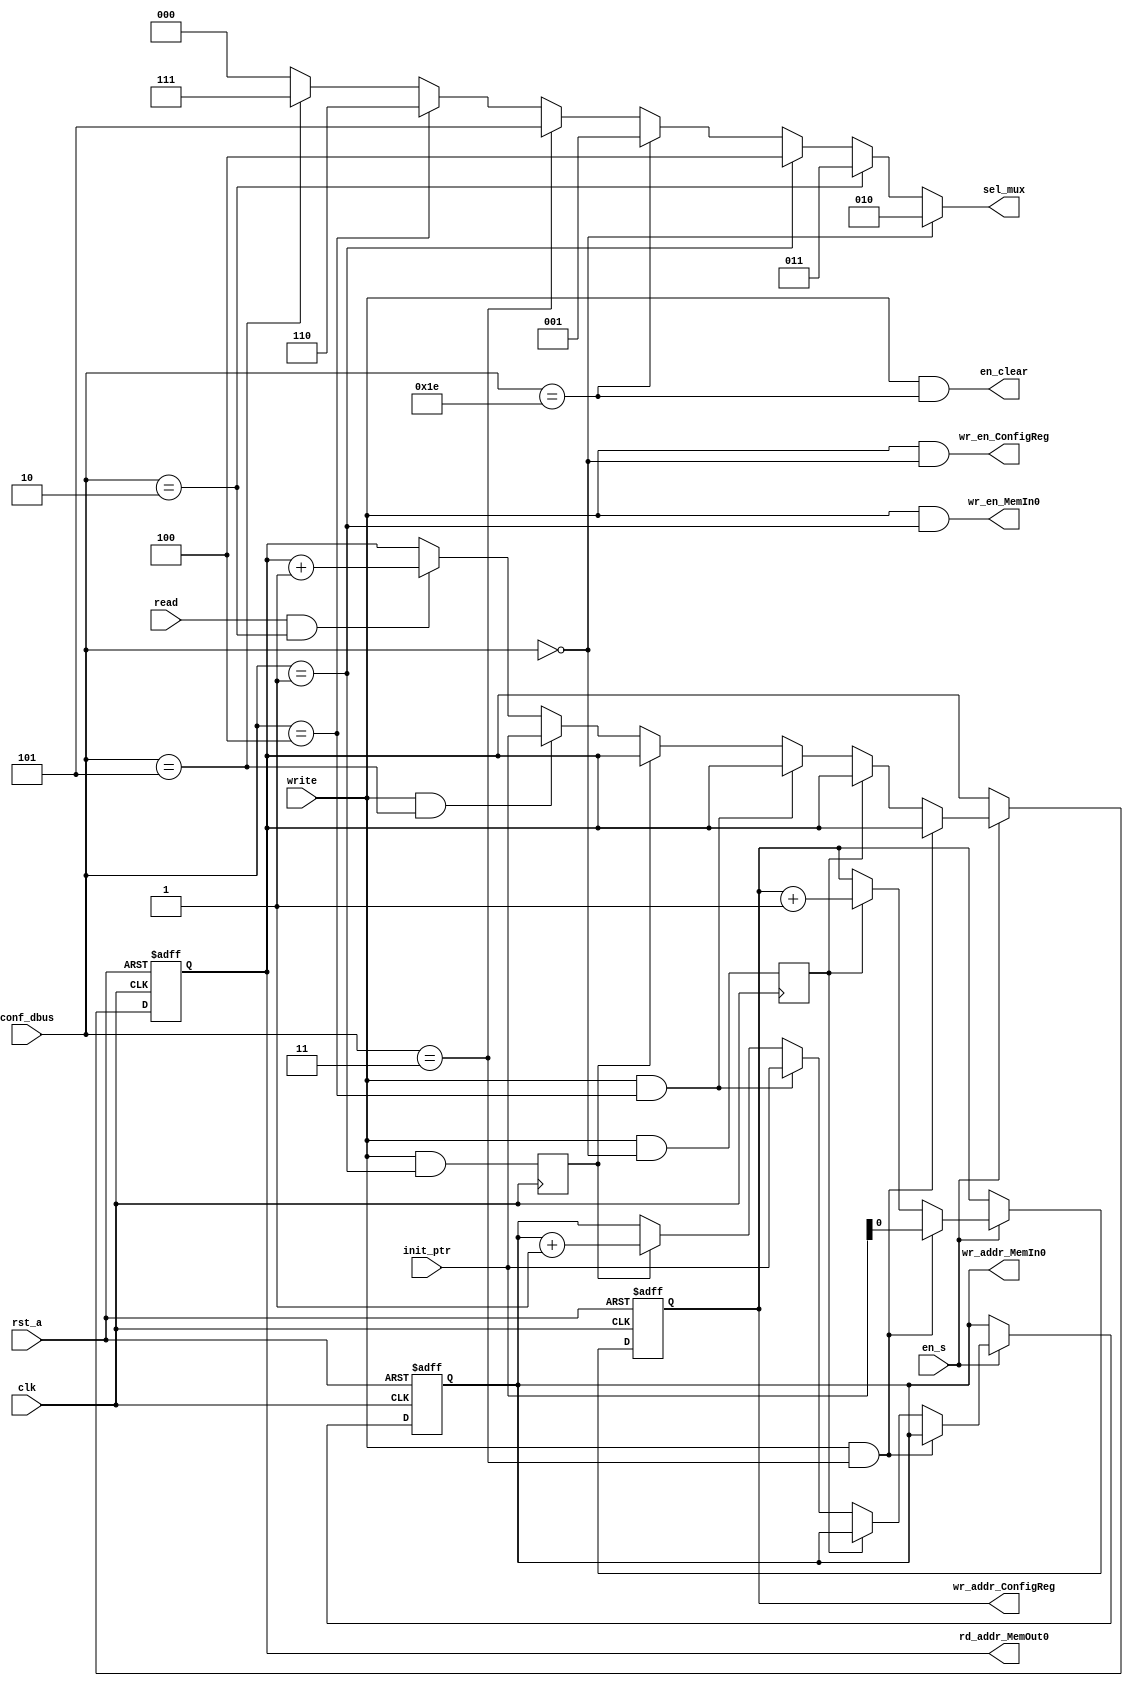
/*
 * Module Name:    ctrl_interface 
 * Description:    Interface Control for protocol
 * - If you're an IP-core designer, to change the number of memories check the pdf file.
 * Revision: 
 * Revision 0.1 - File Created
 * Additional Comments:
 *
 */

module ctrl_interface
#(
    parameter ADDR_WIDTH_PTR  = 'd6,    //This value must be the bigest value of ADDR_WIDTH_MEMI or ADDR_WIDTH_MEMO
	parameter ADDR_WIDTH_MEMI = 'd6,
	parameter ADDR_WIDTH_MEMO = 'd6,
	parameter ADDR_WIDTH_CR   = 'd1,
    parameter SIZE_MUX        = 'd3
)
(   
    input   wire                            clk,
    input   wire                            rst_a,
    input   wire                            en_s,
    input   wire                            read,               //Used for protocol to read different information types
    input   wire                            write,              //Used for protocol to write different information types
    input   wire    [4:0]                   conf_dbus,          //Used for protocol to determine different actions types
    input   wire    [ADDR_WIDTH_PTR-1:0]    init_ptr,           //Set the new pointer value for memories or configuration register
    output  wire    [SIZE_MUX-1:0]          sel_mux,            //Data out selecter
    output  reg     [ADDR_WIDTH_CR-1:0]     wr_addr_ConfigReg,  //Address to write in Configuration Registers
    output  reg     [ADDR_WIDTH_MEMI-1:0]   wr_addr_MemIn0,     //Address to write in Memory In 0
    output  reg     [ADDR_WIDTH_MEMO-1:0]   rd_addr_MemOut0,    //Address to read from Memory Out 0
    output  wire                            en_clear,           //enable to clear the flags
    output  wire                            wr_en_ConfigReg,    //Enable the write in configuration_register
    output  wire                            wr_en_MemIn0        //Enable the write in Memory In 0
);

    reg wr_en;
    reg wr_en_cr;

// Config definition
    localparam  CONF_REG    = 5'b00000,
                MEM_IN      = 5'b00001,
                MEM_OUT     = 5'b00010,
                CR_WR_PTR   = 5'b00011,
                MI_WR_PTR   = 5'b00100,
                MO_RD_PTR   = 5'b00101,
                STAT_REG    = 5'b11110,
                ID_REG      = 5'b11111;
            
// Mux out definition.
    localparam  MUX_ID          = 3'b000,
                MUX_STAT        = 3'b001,
                MUX_PARM        = 3'b010,
                MUX_DATAo       = 3'b011,
                MUX_DATAi       = 3'b100,
                MUX_PTR_WRcr    = 3'b101,
                MUX_PTR_WRi     = 3'b110,
                MUX_PTR_RDo     = 3'b111;

// Write and read controlled by config. Add more signals for every memory in
    assign  en_clear        =   write & (conf_dbus == STAT_REG);
    assign  wr_en_MemIn0    =   write & (conf_dbus == MEM_IN);  // this signal is for memory in
    assign  wr_en_ConfigReg =   write & (conf_dbus == CONF_REG);

// Data out controlled by config. To increase number of data outs, you should also change the mux4g.v file.
    assign  sel_mux  =  (conf_dbus == CONF_REG)    ?   MUX_PARM    : 
                        (conf_dbus == MEM_OUT)     ?   MUX_DATAo   :
                        (conf_dbus == MEM_IN)      ?   MUX_DATAi   :
                        (conf_dbus == STAT_REG)    ?   MUX_STAT    :
                        (conf_dbus == CR_WR_PTR)   ?   MUX_PTR_WRcr:
                        (conf_dbus == MI_WR_PTR)   ?   MUX_PTR_WRi :
                        (conf_dbus == MO_RD_PTR)   ?   MUX_PTR_RDo : MUX_ID;

// Control of address memory. Add more signals for every memory in, memory out or configuration register
    always @(posedge clk) begin
        wr_en      <= (write && conf_dbus == MEM_IN);
        wr_en_cr   <= (write && conf_dbus == CONF_REG);
    end

    always @(posedge clk or negedge rst_a) begin
        if (!rst_a) begin
            wr_addr_ConfigReg   <= 'd0;
            wr_addr_MemIn0      <= 'd0;
            rd_addr_MemOut0     <= 'd0;
        end
        else begin
            if (en_s) begin
                if (write && conf_dbus == CR_WR_PTR)
                    wr_addr_ConfigReg   <= init_ptr[ADDR_WIDTH_CR-1:0];
                else if (wr_en_cr)
                    wr_addr_ConfigReg   <= wr_addr_ConfigReg + 1'b1;
                else if (write && conf_dbus == MI_WR_PTR)
                    wr_addr_MemIn0      <= init_ptr[ADDR_WIDTH_MEMI-1:0];
                else if (wr_en)
                    wr_addr_MemIn0      <= wr_addr_MemIn0 + 1'b1;
                else if (write && conf_dbus == MO_RD_PTR)
                    rd_addr_MemOut0     <= init_ptr[ADDR_WIDTH_MEMO-1:0];
                else if (read && conf_dbus == MEM_OUT)
                    rd_addr_MemOut0     <= rd_addr_MemOut0 + 1'b1;
            end
        end
    end

endmodule